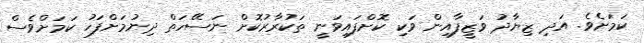
ކަމަށެވެ. އަދި ޒިޔާދު ވަޒީފާއިން ވަކި ކޮށްފައިވަނީ ތަކުރާރުކޮށް ނަސޭހަތް ދިނުމަށްފަހު ކަމަށްވެސް